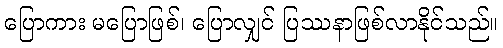
ပြောကား မပြောဖြစ်၊ ပြောလျှင် ပြဿနာဖြစ်လာနိုင်သည်။